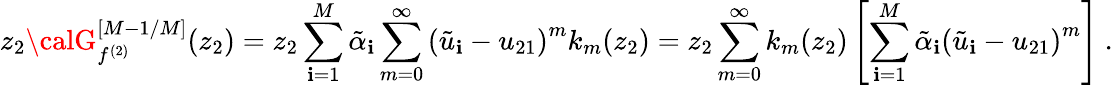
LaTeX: z_{2}{\calG}_{f^{(2)}}^{[M-1/M]}(z_{2})=z_{2}\sum_{\mathbf{i}=1}^{M}{\tilde{{\alpha}}}_{\mathbf{i}}\sum_{m=0}^{\infty}\left({\tilde{{u}}}_{\mathbf{i}}-u_{21}\right)^{m}k_{m}(z_{2})=z_{2}\sum_{m=0}^{\infty}k_{m}(z_{2})\left[\sum_{\mathbf{i}=1}^{M}{\tilde{{\alpha}}}_{\mathbf{i}}\left({\tilde{{u}}}_{\mathbf{i}}-u_{21}\right)^{m}\right]\ .